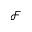
\mathcal { F }